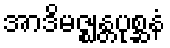
အာဒိမဇ္ဈန္တပုစ္ဆနံ